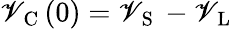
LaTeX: \mathscr{V}_{\mathrm{{~C~}}}(0)=\mathscr{V}_{\mathrm{{~S~}}}-\mathscr{V}_{\mathrm{{~L~}}}